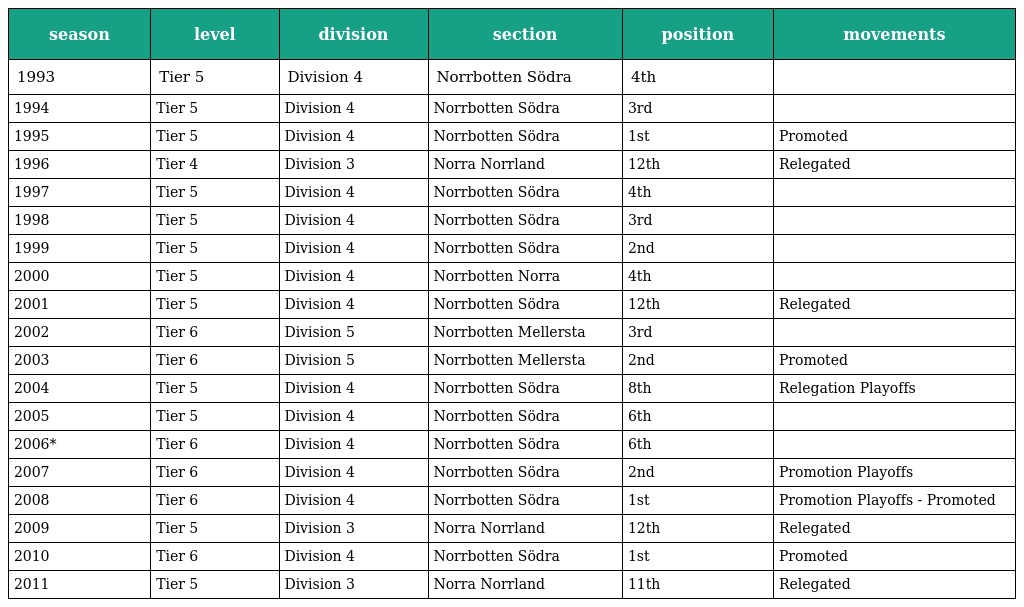
| season | level | division | section | position | movements |
 | --- | --- | --- | --- | --- | --- |
 | 1993 | Tier 5 | Division 4 | Norrbotten Södra | 4th |  |
 | 1994 | Tier 5 | Division 4 | Norrbotten Södra | 3rd |  |
 | 1995 | Tier 5 | Division 4 | Norrbotten Södra | 1st | Promoted |
 | 1996 | Tier 4 | Division 3 | Norra Norrland | 12th | Relegated |
 | 1997 | Tier 5 | Division 4 | Norrbotten Södra | 4th |  |
 | 1998 | Tier 5 | Division 4 | Norrbotten Södra | 3rd |  |
 | 1999 | Tier 5 | Division 4 | Norrbotten Södra | 2nd |  |
 | 2000 | Tier 5 | Division 4 | Norrbotten Norra | 4th |  |
 | 2001 | Tier 5 | Division 4 | Norrbotten Södra | 12th | Relegated |
 | 2002 | Tier 6 | Division 5 | Norrbotten Mellersta | 3rd |  |
 | 2003 | Tier 6 | Division 5 | Norrbotten Mellersta | 2nd | Promoted |
 | 2004 | Tier 5 | Division 4 | Norrbotten Södra | 8th | Relegation Playoffs |
 | 2005 | Tier 5 | Division 4 | Norrbotten Södra | 6th |  |
 | 2006* | Tier 6 | Division 4 | Norrbotten Södra | 6th |  |
 | 2007 | Tier 6 | Division 4 | Norrbotten Södra | 2nd | Promotion Playoffs |
 | 2008 | Tier 6 | Division 4 | Norrbotten Södra | 1st | Promotion Playoffs - Promoted |
 | 2009 | Tier 5 | Division 3 | Norra Norrland | 12th | Relegated |
 | 2010 | Tier 6 | Division 4 | Norrbotten Södra | 1st | Promoted |
 | 2011 | Tier 5 | Division 3 | Norra Norrland | 11th | Relegated |